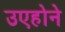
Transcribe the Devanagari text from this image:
उएहोने